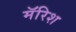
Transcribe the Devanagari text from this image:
मॅरिश